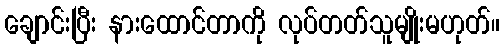
ချောင်းပြီး နားထောင်တာကို လုပ်တတ်သူမျိုးမဟုတ်။